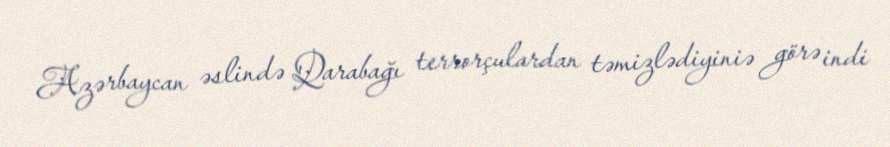
Azərbaycan əslində Qarabağı terrorçulardan təmizlədiyiniə görə indi